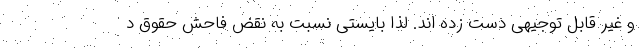
و غیر قابل توجیهی دست زده اند. لذا بایستی نسبت به نقض فاحش حقوق د